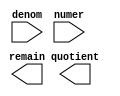
// megafunction wizard: %LPM_DIVIDE%VBB%
// GENERATION: STANDARD
// VERSION: WM1.0
// MODULE: LPM_DIVIDE 

// ============================================================
// Megafunction Name(s):
// 			LPM_DIVIDE
//
// Simulation Library Files(s):
// 			lpm
// ============================================================
// ************************************************************
// THIS IS A WIZARD-GENERATED FILE. DO NOT EDIT THIS FILE!
//
// 20.1.0 Build 711 06/05/2020 SJ Lite Edition
// ************************************************************

//Copyright (C) 2020  Intel Corporation. All rights reserved.
//Your use of Intel Corporation's design tools, logic functions 
//and other software and tools, and any partner logic 
//functions, and any output files from any of the foregoing 
//(including device programming or simulation files), and any 
//associated documentation or information are expressly subject 
//to the terms and conditions of the Intel Program License 
//Subscription Agreement, the Intel Quartus Prime License Agreement,
//the Intel FPGA IP License Agreement, or other applicable license
//agreement, including, without limitation, that your use is for
//the sole purpose of programming logic devices manufactured by
//Intel and sold by Intel or its authorized distributors.  Please
//refer to the applicable agreement for further details, at
//https://fpgasoftware.intel.com/eula.

module divider (
	denom,
	numer,
	quotient,
	remain);

	input	[31:0]  denom;
	input	[31:0]  numer;
	output	[31:0]  quotient;
	output	[31:0]  remain;

endmodule

// ============================================================
// CNX file retrieval info
// ============================================================
// Retrieval info: PRIVATE: INTENDED_DEVICE_FAMILY STRING "Cyclone V"
// Retrieval info: PRIVATE: PRIVATE_LPM_REMAINDERPOSITIVE STRING "TRUE"
// Retrieval info: PRIVATE: PRIVATE_MAXIMIZE_SPEED NUMERIC "6"
// Retrieval info: PRIVATE: SYNTH_WRAPPER_GEN_POSTFIX STRING "1"
// Retrieval info: PRIVATE: USING_PIPELINE NUMERIC "0"
// Retrieval info: PRIVATE: VERSION_NUMBER NUMERIC "2"
// Retrieval info: PRIVATE: new_diagram STRING "1"
// Retrieval info: LIBRARY: lpm lpm.lpm_components.all
// Retrieval info: CONSTANT: LPM_DREPRESENTATION STRING "UNSIGNED"
// Retrieval info: CONSTANT: LPM_HINT STRING "MAXIMIZE_SPEED=6,LPM_REMAINDERPOSITIVE=TRUE"
// Retrieval info: CONSTANT: LPM_NREPRESENTATION STRING "UNSIGNED"
// Retrieval info: CONSTANT: LPM_TYPE STRING "LPM_DIVIDE"
// Retrieval info: CONSTANT: LPM_WIDTHD NUMERIC "32"
// Retrieval info: CONSTANT: LPM_WIDTHN NUMERIC "32"
// Retrieval info: USED_PORT: denom 0 0 32 0 INPUT NODEFVAL "denom[31..0]"
// Retrieval info: USED_PORT: numer 0 0 32 0 INPUT NODEFVAL "numer[31..0]"
// Retrieval info: USED_PORT: quotient 0 0 32 0 OUTPUT NODEFVAL "quotient[31..0]"
// Retrieval info: USED_PORT: remain 0 0 32 0 OUTPUT NODEFVAL "remain[31..0]"
// Retrieval info: CONNECT: @denom 0 0 32 0 denom 0 0 32 0
// Retrieval info: CONNECT: @numer 0 0 32 0 numer 0 0 32 0
// Retrieval info: CONNECT: quotient 0 0 32 0 @quotient 0 0 32 0
// Retrieval info: CONNECT: remain 0 0 32 0 @remain 0 0 32 0
// Retrieval info: GEN_FILE: TYPE_NORMAL divider.v TRUE
// Retrieval info: GEN_FILE: TYPE_NORMAL divider.inc FALSE
// Retrieval info: GEN_FILE: TYPE_NORMAL divider.cmp FALSE
// Retrieval info: GEN_FILE: TYPE_NORMAL divider.bsf FALSE
// Retrieval info: GEN_FILE: TYPE_NORMAL divider_inst.v FALSE
// Retrieval info: GEN_FILE: TYPE_NORMAL divider_bb.v TRUE
// Retrieval info: GEN_FILE: TYPE_NORMAL divider_syn.v TRUE
// Retrieval info: LIB_FILE: lpm